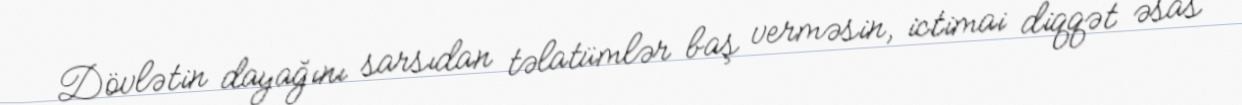
Dövlətin dayağını sarsıdan təlatümlər baş verməsin, ictimai diqqət əsas